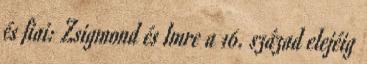
és fiai: Zsigmond és Imre a 16. század elejéig